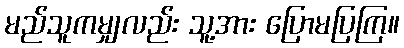
မည်သူကမျှလည်း သူ့အား ပြောမပြကြ။